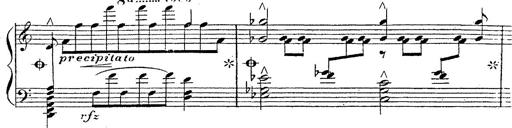
Title: 12 Lieder von Franz Schubert
Composer: Franz Liszt